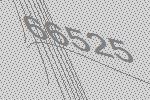
66525